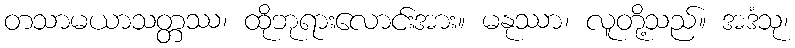
တသာမယာသတ္တဿ၊ ထိုဘုရားလောင်းအား။ မနုဿာ၊ လူတို့သည်။ အဒံသု၊